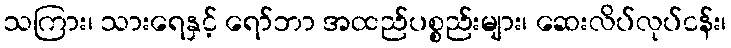
သကြား၊ သားရေနှင့် ရော်ဘာ အထည်ပစ္စည်းများ၊ ဆေးလိပ်လုပ်ငန်း၊